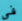
فى